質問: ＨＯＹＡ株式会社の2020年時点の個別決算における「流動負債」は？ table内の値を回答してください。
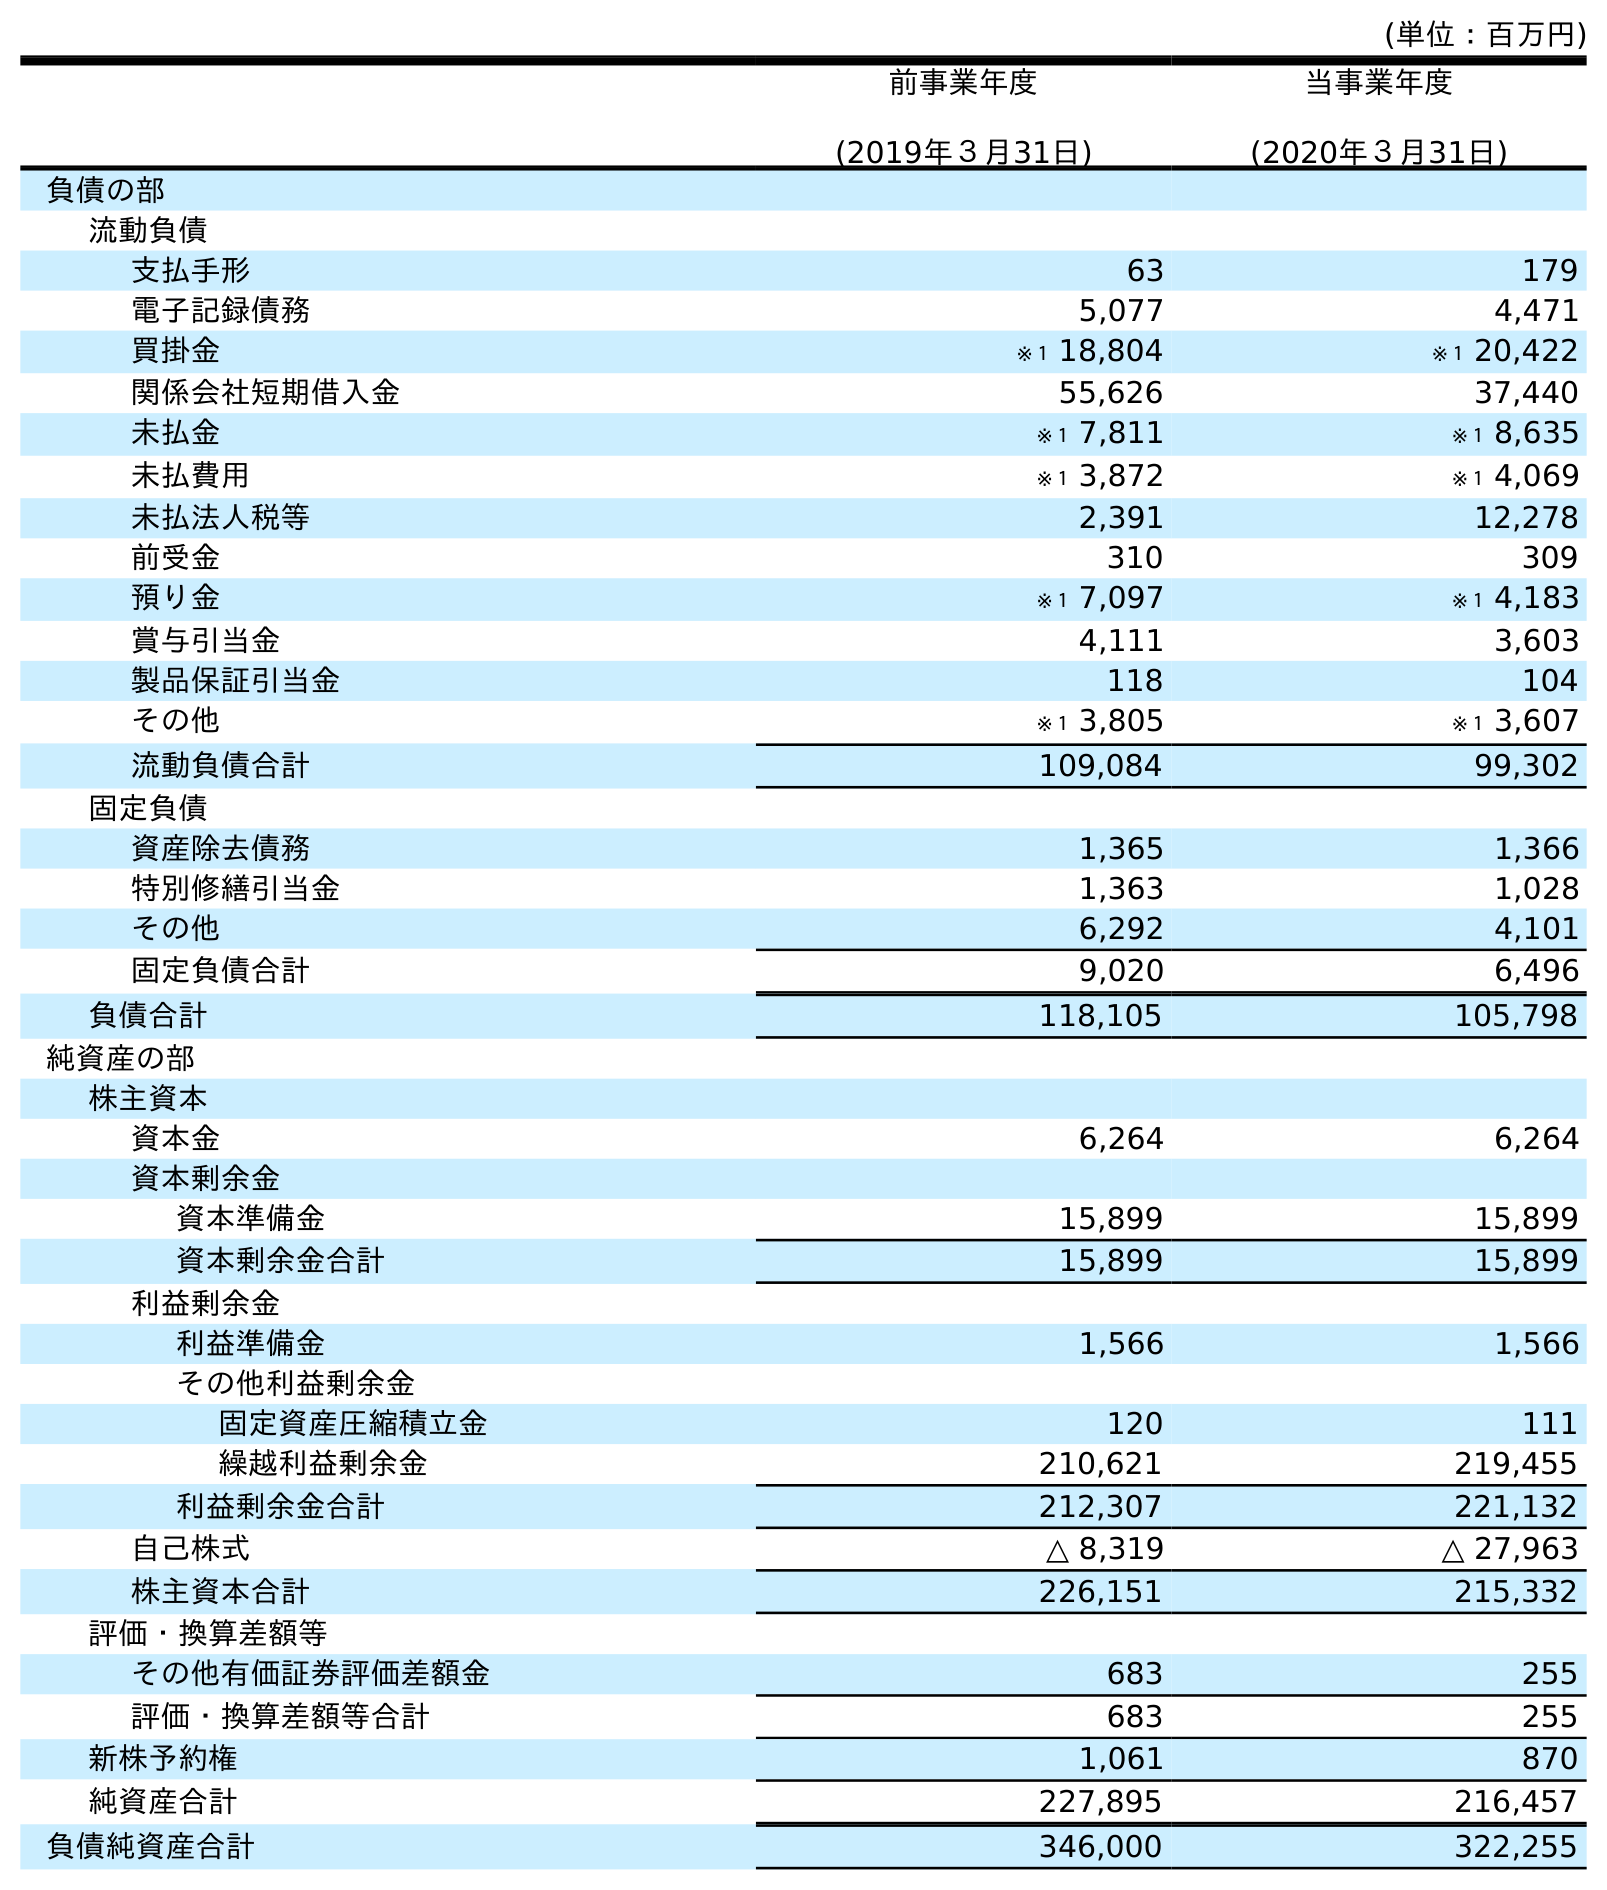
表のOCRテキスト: (単位：百万円) 前事業年度 (2019年３月31日) 当事業年度 (2020年３月31日) 負債の部 流動負債 支払手形 63 179 電子記録債務 5,077 4,471 買掛金 ※１ 18,804 ※１ 20,422 関係会社短期借入金 55,626 37,440 未払金 ※１ 7,811 ※１ 8,635 未払費用 ※１ 3,872 ※１ 4,069 未払法人税等 2,391 12,278 前受金 310 309 預り金 ※１ 7,097 ※１ 4,183 賞与引当金 4,111 3,603 製品保証引当金 118 104 その他 ※１ 3,805 ※１ 3,607 流動負債合計 109,084 99,302 固定負債 資産除去債務 1,365 1,366 特別修繕引当金 1,363 1,028 その他 6,292 4,101 固定負債合計 9,020 6,496 負債合計 118,105 105,798 純資産の部 株主資本 資本金 6,264 6,264 資本剰余金 資本準備金 15,899 15,899 資本剰余金合計 15,899 15,899 利益剰余金 利益準備金 1,566 1,566 その他利益剰余金 固定資産圧縮積立金 120 111 繰越利益剰余金 210,621 219,455 利益剰余金合計 212,307 221,132 自己株式 △ 8,319 △ 27,963 株主資本合計 226,151 215,332 評価・換算差額等 その他有価証券評価差額金 683 255 評価・換算差額等合計 683 255 新株予約権 1,061 870 純資産合計 227,895 216,457 負債純資産合計 346,000 322,255
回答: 99,302